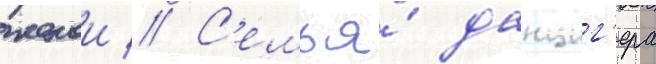
женои // С'емья́ данциг'ера